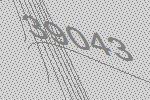
39043